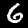
Label: 6